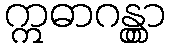
ဣဓာဂန္တွာ